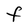
Character: F